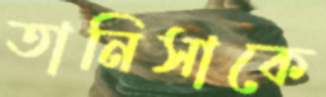
তানিসাকে